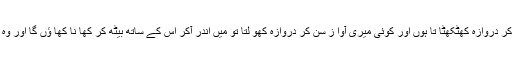
میں دروازہ پر کھڑا ہو کر دروازہ کھٹکھٹا تا ہوں اور کوئی میری آوا ز سن کر دروازہ کھو لتا تو میں اندر آکر اس کے ساتھ بیٹھ کر کھا نا کھا ؤں گا اور وہ میرے ساتھ کھا ئے گا۔